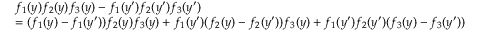
\begin{array} { r l } & { f _ { 1 } ( y ) f _ { 2 } ( y ) f _ { 3 } ( y ) - f _ { 1 } ( y ^ { \prime } ) f _ { 2 } ( y ^ { \prime } ) f _ { 3 } ( y ^ { \prime } ) } \\ & { = ( f _ { 1 } ( y ) - f _ { 1 } ( y ^ { \prime } ) ) f _ { 2 } ( y ) f _ { 3 } ( y ) + f _ { 1 } ( y ^ { \prime } ) ( f _ { 2 } ( y ) - f _ { 2 } ( y ^ { \prime } ) ) f _ { 3 } ( y ) + f _ { 1 } ( y ^ { \prime } ) f _ { 2 } ( y ^ { \prime } ) ( f _ { 3 } ( y ) - f _ { 3 } ( y ^ { \prime } ) ) } \end{array}